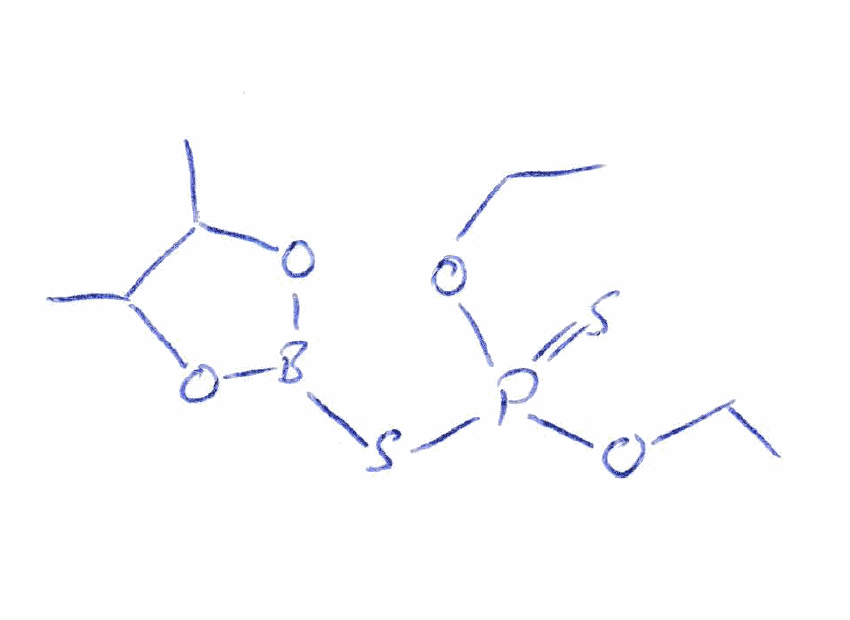
Simplified molecular-input line-entry system (SMILES) notation of the given molecule:
B1(OC(C(O1)C)C)SP(=S)(OCC)OCC